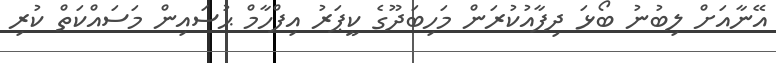
އޭނާއަށް ލިބުނު ބޯޅަ ދިފާއުކުރަން މަހިބަދޫގެ ކީޕަރު އިފްހާމް ޙުސައިން މަސައްކަތް ކުރި